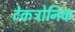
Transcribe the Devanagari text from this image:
टेकट्रोनिक